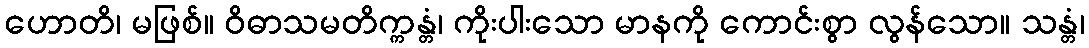
ဟောတိ၊ မဖြစ်။ ဝိဓာသမတိက္ကန္တံ၊ ကိုးပါးသော မာနကို ကောင်းစွာ လွန်သော။ သန္တံ၊